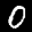
Label: 0